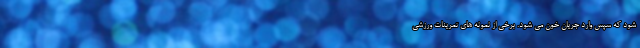
شود که سپس وارد جریان خون می شود. برخی از نمونه های تمرینات ورزشی